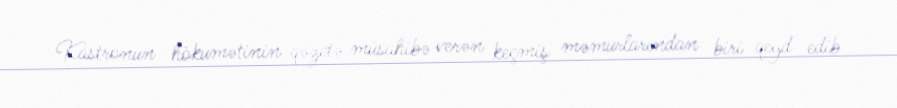
Kastronun hökumətinin qəzetə müsahibə verən keçmiş məmurlarından biri qeyd edib